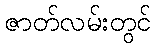
ဇာတ်လမ်းတွင်